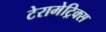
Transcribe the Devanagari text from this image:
टेरामेट्रिक्स